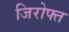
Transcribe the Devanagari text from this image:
जिरोफ्त